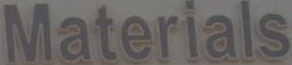
Materials